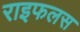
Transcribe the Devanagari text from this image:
राइफलस